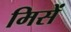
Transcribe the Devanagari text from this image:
मिसें